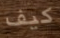
كيف